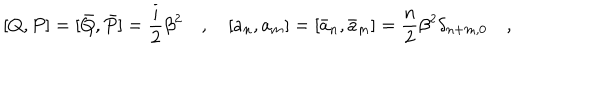
[ Q , P ] = [ \bar { Q } , \bar { P } ] = \frac { i } { 2 } \beta ^ { 2 } \quad , \quad [ a _ { n } , a _ { m } ] = [ \bar { a } _ { n } , \bar { a } _ { m } ] = \frac { n } { 2 } \beta ^ { 2 } \delta _ { n + m , 0 } \quad ,